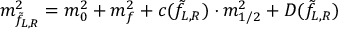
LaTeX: m _ { \tilde { f } _ { L , R } } ^ { 2 } = m _ { 0 } ^ { 2 } + m _ { f } ^ { 2 } + c ( \tilde { f } _ { L , R } ) \cdot m _ { 1 / 2 } ^ { 2 } + D ( \tilde { f } _ { L , R } )